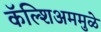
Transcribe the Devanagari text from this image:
कॅल्शिअममुळे